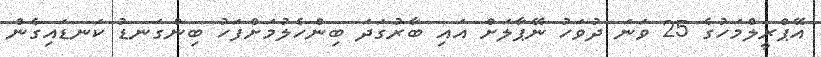
އޭޕްރީލްމަހުގެ 25 ވަނަ ދުވަހު ނޭޕާލަށް އައި ބާރުގަދަ ބިންހެލުމަށްފަހު ބިންގަނޑު ކަނޑައިގެން